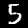
Label: 5